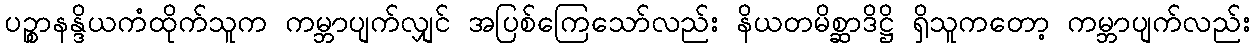
ပဉ္စာနန္ဒိယကံထိုက်သူက ကမ္ဘာပျက်လျှင် အပြစ်ကြေသော်လည်း နိယတမိစ္ဆာဒိဋ္ဌိ ရှိသူကတော့ ကမ္ဘာပျက်လည်း